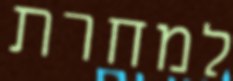
למחרת